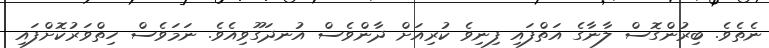
ނެތެވެ. ބިރުންގޮސް ލާނާގެ އަތްފައި ފިނިވެ ކުރިއަށް ދާންވެސް އުނދަގޫވިއެވެ. ނަމަވެސް ހިތްވަރުކޮށްފައި